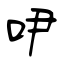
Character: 吚